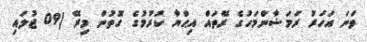
ވަނަ އަހަރު ރަމަޟާންމަހުގެ ރޭތައް އިޙްޔާ ކުރުމުގެ ގޮތުން މިރޭ (09 ޖުލައި